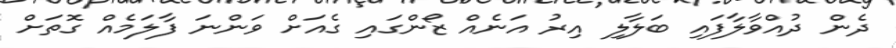
ދެން ދުއްވާލާފައި ބަލާލި އިރު އަނެއް ޒޯންގައި ގެއަށް ވަންނަ ފާލަމެއް ގޮތަށް